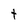
Character: t